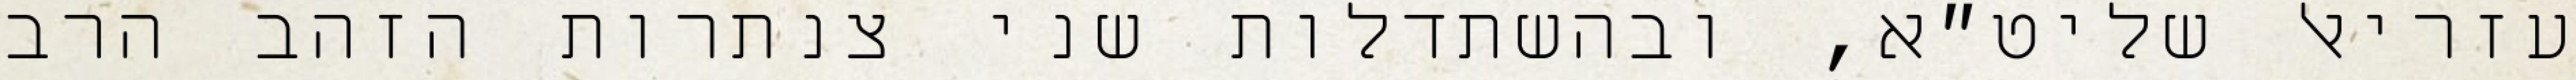
עזריאל שליט״א, ובהשתדלות שני צנתרות הזהב הרב